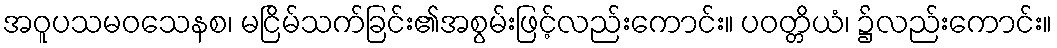
အဝူပသမဝသေနစ၊ မငြိမ်သက်ခြင်း၏အစွမ်းဖြင့်လည်းကောင်း။ ပဝတ္တိယံ၊ ၌လည်းကောင်း။